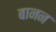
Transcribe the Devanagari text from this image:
बानन